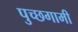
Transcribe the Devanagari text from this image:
पुच्छगामी